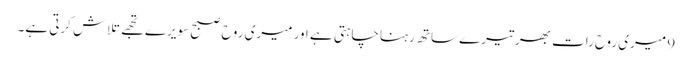
9 میری روح رات بھر تیرے ساتھ رہنا چاہتی ہے اور میری روح صبح سویرے تجھے تلاش کرتی ہے۔